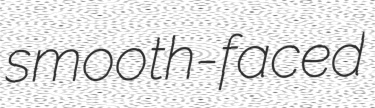
smooth-faced